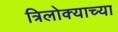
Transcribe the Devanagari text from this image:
त्रिलोक्याच्या